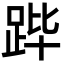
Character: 跸